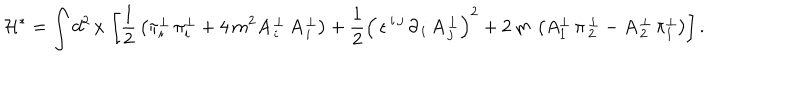
\mathcal { H } ^ { \ast } = \int d ^ { 2 } \, x \, \left[ \frac { 1 } { 2 } \, \left( \pi _ { i } ^ { \perp } \, \pi _ { i } ^ { \perp } + 4 \, m ^ { 2 } A \, _ { i } ^ { \perp } \, A \, _ { i } ^ { \perp } \right) + \frac { 1 } { 2 } \left( \, \epsilon ^ { \, i \, j } \, \partial _ { \, i } \, A \, _ { j } ^ { \perp } \right) ^ { 2 } + 2 \, m \, \left( A _ { 1 } ^ { \perp } \, \pi \, _ { 2 } ^ { \perp } - A \, _ { 2 } ^ { \perp } \, \pi _ { 1 } ^ { \perp } \right) \right] .